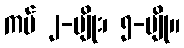
ကပ် ၂-မျိုး၊ ၅-မျို။